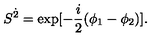
S ^ { \dot { 2 } } = \mathrm { e x p } [ - \frac { i } { 2 } ( \phi _ { 1 } - \phi _ { 2 } ) ] .